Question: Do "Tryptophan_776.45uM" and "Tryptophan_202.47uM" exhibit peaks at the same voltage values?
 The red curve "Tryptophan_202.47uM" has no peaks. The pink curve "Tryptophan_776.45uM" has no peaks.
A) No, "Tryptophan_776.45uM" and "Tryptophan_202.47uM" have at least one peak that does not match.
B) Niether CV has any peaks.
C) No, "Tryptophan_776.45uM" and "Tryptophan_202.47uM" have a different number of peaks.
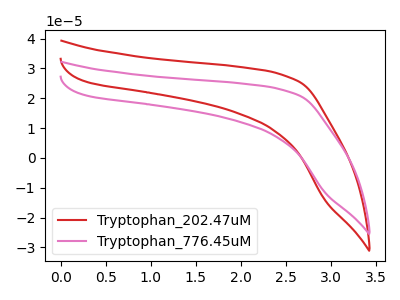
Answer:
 <answer>B) Niether CV has any peaks.</answer>
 <eval>B</eval>